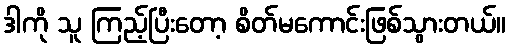
ဒါကို သူ ကြည့်ပြီးတော့ စိတ်မကောင်းဖြစ်သွားတယ်။